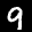
Label: 9